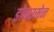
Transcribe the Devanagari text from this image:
डोबरमेन